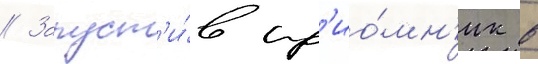
// Запуст'и́в пр'ио́мн'ик в